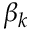
\beta _ { k }